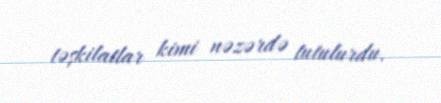
təşkilatlar kimi nəzərdə tutulurdu.